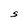
Character: S